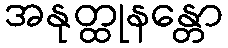
အနုတ္ထုနန္တော